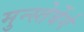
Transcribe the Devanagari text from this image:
मुन्स्तेर्बेर्ग